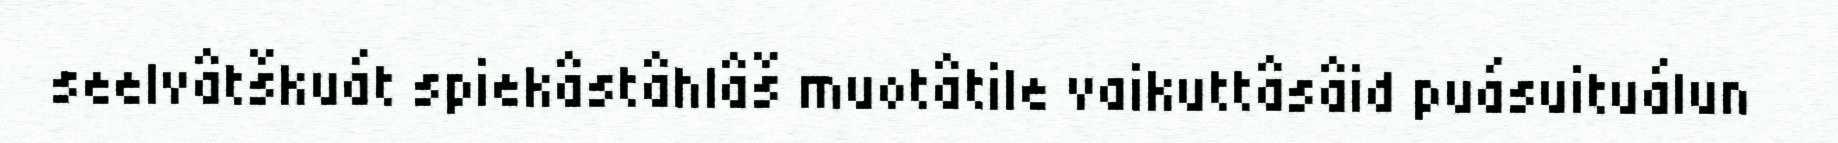
seelvâtškuát spiekâstâhlâš muotâtile vaikuttâsâid puásuituálun